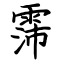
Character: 霈